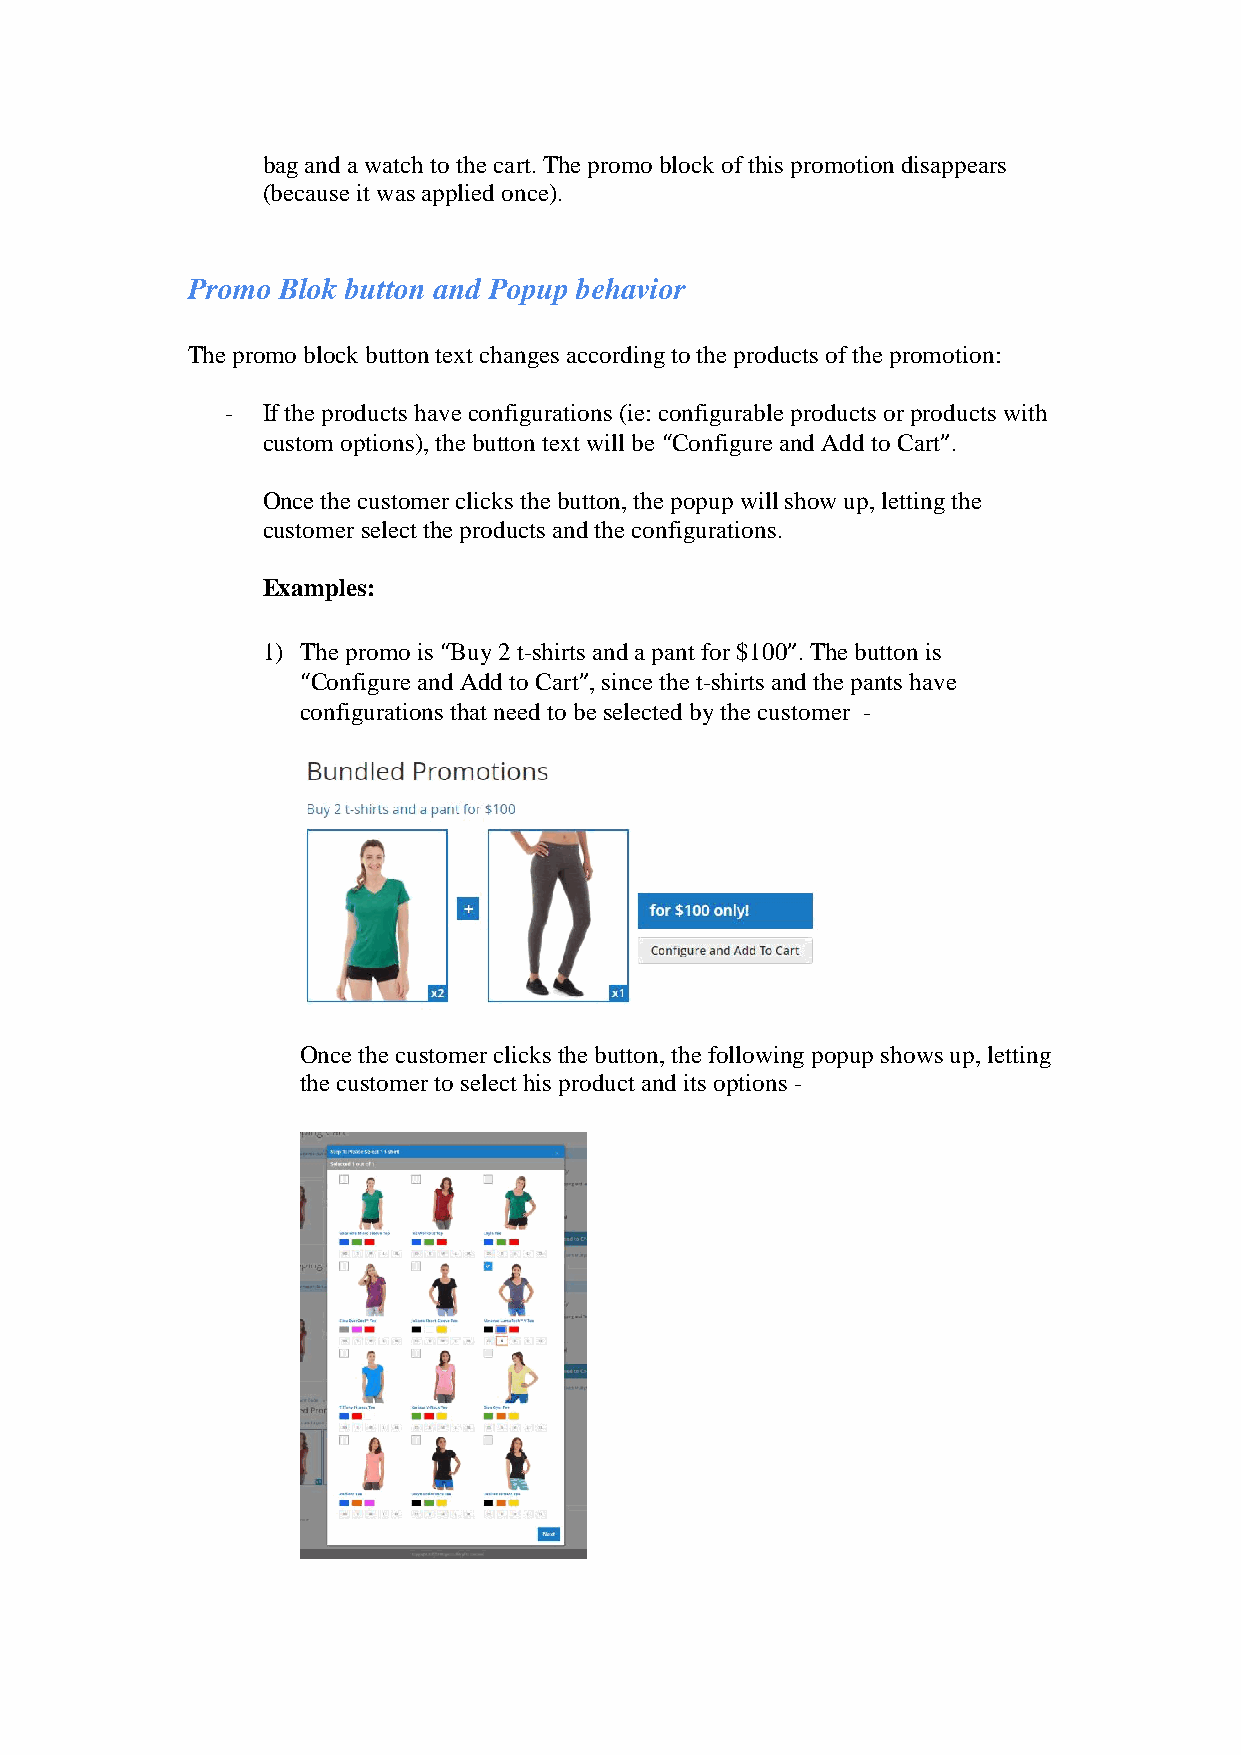
bag and a watch to the cart. The promo block of this promotion disappears
 (because it was applied once).
 Promo Blok button and Popup behavior
 The promo block button text changes according to the products of the promotion:
 - If the products have configurations (ie: configurable products or products with
 custom options), the button text will be “Configure and Add to Cart”.
 Once the customer clicks the button, the popup will show up, letting the
 customer select the products and the configurations.
 Examples:
 1) The promo is “Buy 2 t-shirts and a pant for $100”. The button is
 “Configure and Add to Cart”, since the t-shirts and the pants have
 configurations that need to be selected by the customer -
 Once the customer clicks the button, the following popup shows up, letting
 the customer to select his product and its options -